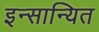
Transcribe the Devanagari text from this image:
इन्सान्यित